Annual vaccination report of Bihar and Orissa - 1911-1928
Year: 1911
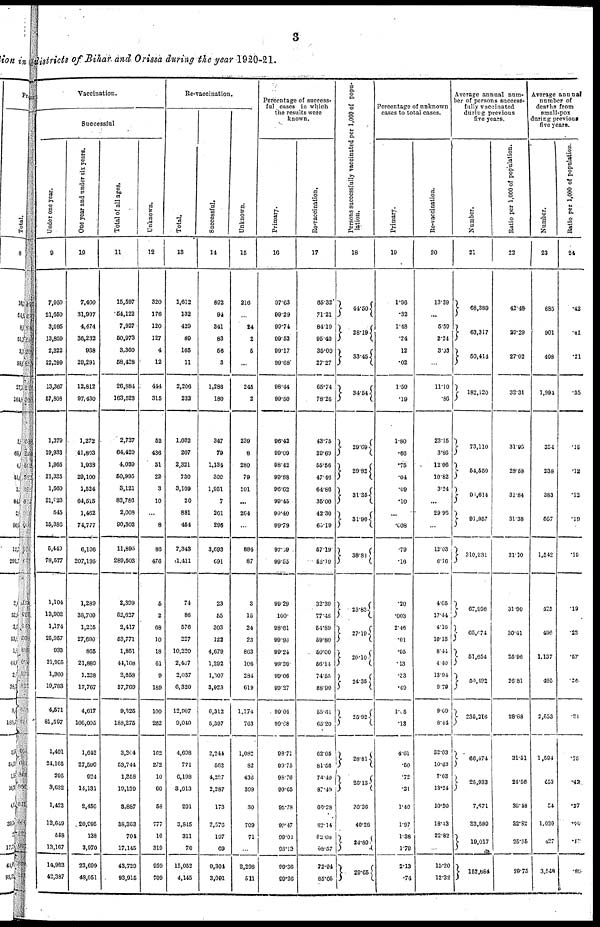
3
districts of Bihar and Orissa during the year 1920-21.
Vaccination.
Successful
Under one year.
9
7,950
21,650
3,095
13,859
2,322
22,299
13,367
57,808
1,379
19,933
1,965
21,335
1,560
21,923
545
15,386
5,449
78,577
1,104
13,902
1,174
25,957
933
21,955
1,360
19,783
4,571
81,597
1,401
24,165
295
3,632
1,423
12,649
558
13,167
14,903
42,387
One year and under six years.
10
7,400
31,907
4,474
36,232
938
29,291
12,812
97,430
1,272
41,803
1,938
29,100
1,524
64,515
1,462
74,777
6,196
207,195
1,289
38,709
1,225
27,690
865
21,889
1,238
17,767
4,617
106,005
1,642
27,590
924
14,131
2,456
20,995
138
3,970
23,699
48,051
Total of all ages.
11
15,597
54,122
7,927
50,973
3,360
58,428
26,884
163,523
2,727
64,420
4,039
50,995
3,121
83,786
2,008
90,302
11,895
289,503
2,399
52,627
2,417
53,771
1,851
44,108
2,658
97,769
9,325
188,275
3,304
53,744
1,358
19,139
3,887
38,363
704
17,145
43,729
93,915
Unknown.
12
320
176
120
127
4
12
444
315
52
436
31
22
3
10
...
8
86
476
5
2
68
10
18
61
9
189
100
262
162
272
10
60
58
777
10
319
959
709
Re-vaccination.
Total.
13
1,612
132
429
89
165
11
2,206
232
1,032
207
2,321
730
3,109
20
881
454
7,343
1,411
74
86
576
227
10,220
2,407
2,037
6,320
12,907
9,040
4,698
771
6,198
3,013
291
3,845
311
70
15,052
4,145
Successful.
14
892
94
341
83
56
3
1,286
180
347
79
1,134
309
1,951
7
261
296
3,693
691
23
55
303
122
4,679
1,292
1,607
3,928
6,312
5,397
2,244
562
4,287
2,287
173
2,576
197
69
9,304
3,091
Unknown.
15
216
...
24
2
5
...
245
2
239
8
280
79
101
...
264
...
884
87
3
15
24
23
863
106
284
619
1,174
763
1,082
82
436
399
30
709
71
...
2,298
511
Percentage of success-
ful , cases in which
the results were
known.
Primary.
16
97.63
99.29
99.74
99.52
99.17
99.68
98.44
99.50
96.42
99.09
98.42
99.88
96.62
99.45
99.40
99.79
97.69
99.55
99.29
100.
98.61
99.96
99.24
99.36
99.06
99.27
99.04
99.68
98.71
99.75
98.76
99.65
95.78
99.47
99.01
98.13
90.36
99.26
Re-vaccination.
17
65.32
71.21
84.19
95.40
35.00
27.27
65.74
78.26
43.75
39.69
55.56
47.46
64.86
35.00
42.30
65.19
57.19
52.19
32.39
77.46
54.89
59.80
50.00
56.14
74.55
68.90
55.61
65.20
62.05
81.58
74.40
87.49
66.28
82.14
82.08
98.57
72.94
85.05
Persons successfully vaccinated per 1,000 of popu-
lation.
18
44.50
28.19
33.45
34.54
20.69
29.82
31.35
31.90
38.81
25.83
27.19
26.10
24.35
25.92
28.81
26.13
20.36
40.28
24. 89
29.65
Percentage of unknown
cases to total cases.
Primary.
19
1.96
.32
1.48
.24
12
.02
1.59
.19
1.80
.66
.75
.04
.09
.10
...
.008
.79
.16
.20
.003
2.46
.01
.95
.13
.33
.49
1.05
.13
4.61
.50
.72
.31
1.40
1.97
1.38
1.79
2.13
.74
Re-vaccination.
20
13.39
...
5.59
2.24
3.03
...
11.10
.80
23.15
3.86
12.06
10.82
3.24
...
29.96
...
12.03
6.16
4.05
17.44
4.16
10.13
8.44
4.40
13.94
9.79
9.09
8.44
32.03
10.63
7.03
13.24
10.30
18.43
22.82
...
15.20
12.32
Average annual num-
ber of persons success-
fully vaccinated
during previous
five years.
Number.
21
68,389
63,317
50,414
182,120
73,110
54,550
90,614
91,957
310,231
67,996
65,074
51,654
50,492
235,216
66,474
25,933
7,671
33,589
19,017
152,684
Ratio per 1,000 of population.
22
42.48
29.29
27.02
32.31
31.95
28.58
31.84
31.38
31.10
31.90
30.41
25.96
26.81
28.88
31.51
24.56
38.48
32.82
25.55
29.75
Average annual
number of
deaths from
small-pox
during previous
five years.
Number.
23
685
901
408
1,994
354
238
383
567
1,542
425
496
1,137
495
2,553
1,594
453
54
1,020
227
3,548
Ratio per 1,000 of population.
24
.42
.41
.21
.35
.15
.12
.13
.19
.15
.19
.23
.57
.26
.31
.75
.42
.27
.60
.57
.80